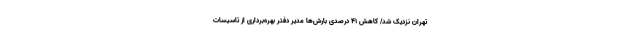
تهران نزدیک شد/ کاهش ۴۱ درصدی بارش‌ها مدیر دفتر بهره‌برداری از تاسیسات